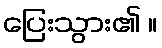
ပြေးသွား၏ ။